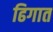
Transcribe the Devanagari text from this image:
ढिगात